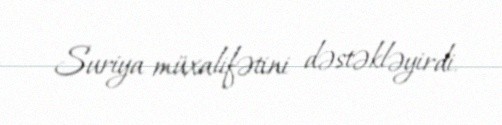
Suriya müxalifətini dəstəkləyirdi.